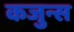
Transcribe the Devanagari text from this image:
कजुन्स